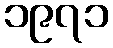
၁၉၇၁